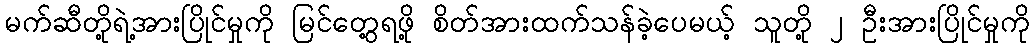
မက်ဆီတို့ရဲ့အားပြိုင်မှုကို မြင်တွေ့ရဖို့ စိတ်အားထက်သန်ခဲ့ပေမယ့် သူတို့ ၂ ဦးအားပြိုင်မှုကို